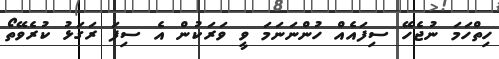
ހިތްހަމަ ނުޖެހޭ ސިފައެއް ހުންނަނަމަ ވީ ވަރަކުން އެ ސިފަ ރަގަޅު ކުރެވޭތޯ